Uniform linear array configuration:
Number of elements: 12
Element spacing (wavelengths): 0.75
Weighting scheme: binomial
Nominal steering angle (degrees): -45
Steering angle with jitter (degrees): -45.425
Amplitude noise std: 0.05
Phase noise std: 0.05

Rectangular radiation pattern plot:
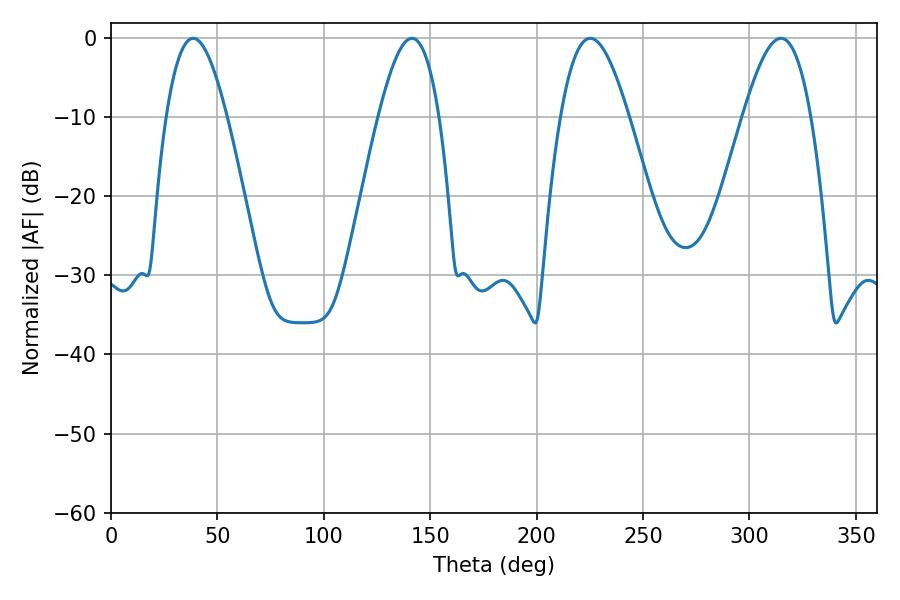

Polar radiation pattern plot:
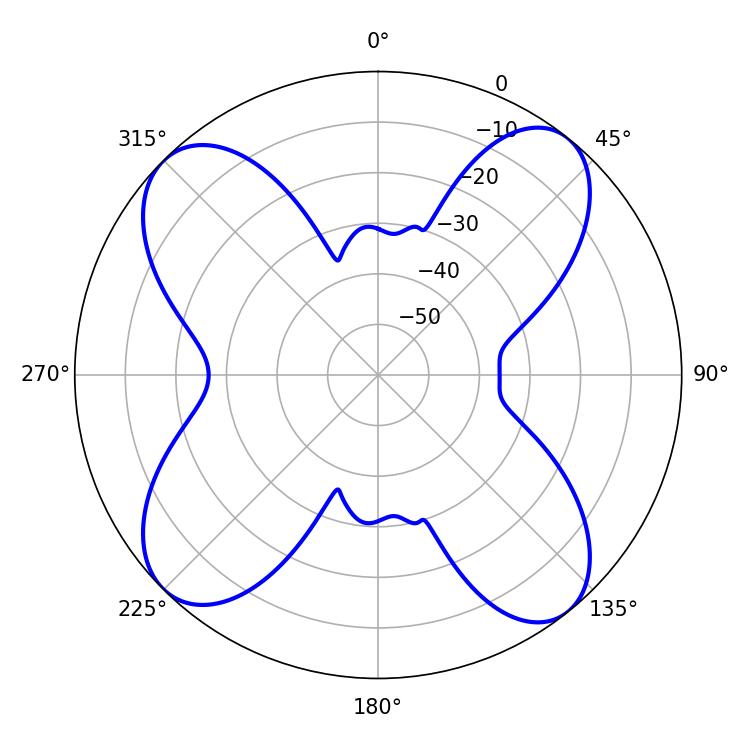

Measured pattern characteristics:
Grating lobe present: TRUE
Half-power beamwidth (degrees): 17.28
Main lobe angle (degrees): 225.18